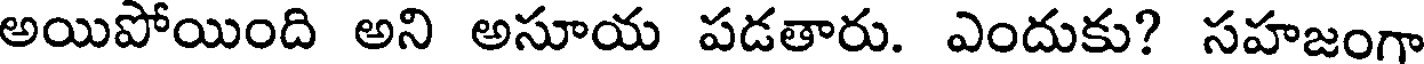
అయిపోయింది అని అసూయ పడతారు. ఎందుకు? సహజంగా